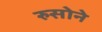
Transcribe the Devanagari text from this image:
रुसोने